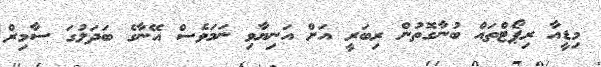
މިޑީއާ ރިޕޯޓްތައް ބުނާގޮތުން ރިބަރީ އަށް އަނިޔާވި ނަމަވެސް އޭނާގެ ބަދަލުގަ ސާމިރް